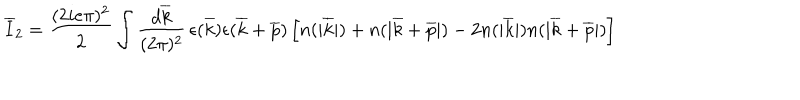
\overline { { { I } } } _ { 2 } = { \frac { ( 2 i e \pi ) ^ { 2 } } { 2 } } \int { \frac { d \overline { { { k } } } } { ( 2 \pi ) ^ { 2 } } } \, \epsilon ( \overline { { { k } } } ) \epsilon ( \overline { { { k } } } + \overline { { { p } } } ) \left[ n ( | \overline { { { k } } } | ) + n ( | \overline { { { k } } } + \overline { { { p } } } | ) - 2 n ( | \overline { { { k } } } | ) n ( | \overline { { { k } } } + \overline { { { p } } } | ) \right]